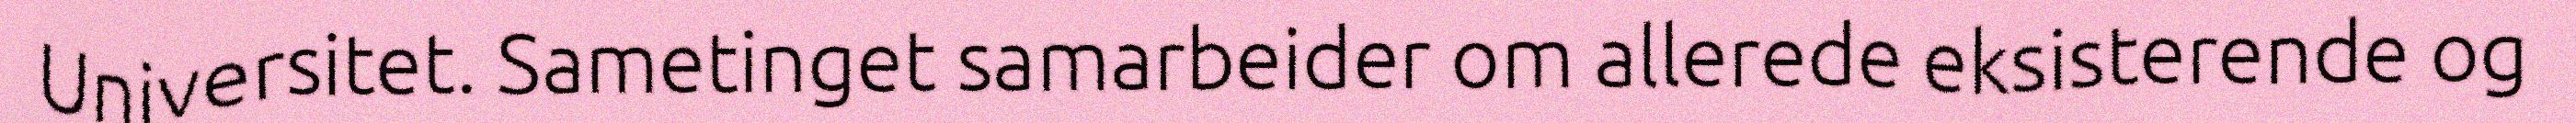
Universitet. Sametinget samarbeider om allerede eksisterende og